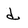
Character: d